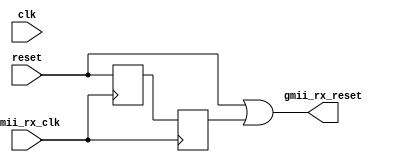
module port_clocking
  (input         clk,
   input         reset,
   input         gmii_rx_clk,
   output        gmii_rx_reset
   );

  // if this were a testable design, clock muxing logic would go here as well

  reg 		 rx_sync1, rx_sync2;

  always @(posedge gmii_rx_clk)
    begin
      rx_sync1 <= #1 reset;
      rx_sync2 <= #1 rx_sync1;
    end

  assign gmii_rx_reset = reset | rx_sync2;

endmodule // port_clocking